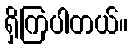
ရှိကြပါတယ်။